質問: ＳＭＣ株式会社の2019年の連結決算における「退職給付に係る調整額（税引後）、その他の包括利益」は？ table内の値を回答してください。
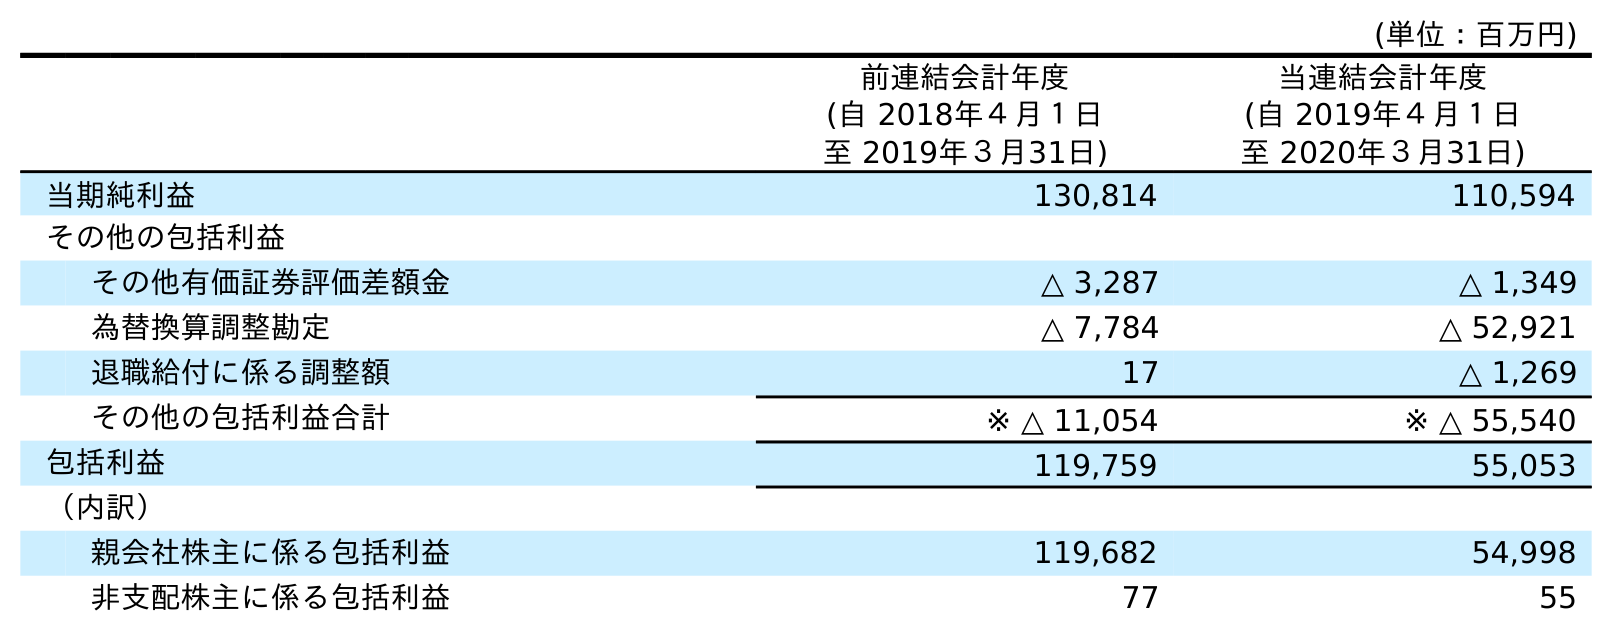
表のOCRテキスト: (単位：百万円) 前連結会計年度 (自 2018年４月１日 至 2019年３月31日) 当連結会計年度 (自 2019年４月１日 至 2020年３月31日) 当期純利益 130,814 110,594 その他の包括利益 その他有価証券評価差額金 △ 3,287 △ 1,349 為替換算調整勘定 △ 7,784 △ 52,921 退職給付に係る調整額 17 △ 1,269 その他の包括利益合計 ※ △ 11,054 ※ △ 55,540 包括利益 119,759 55,053 （内訳） 親会社株主に係る包括利益 119,682 54,998 非支配株主に係る包括利益 77 55
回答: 17